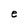
Character: e